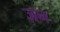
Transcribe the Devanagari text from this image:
ज़न